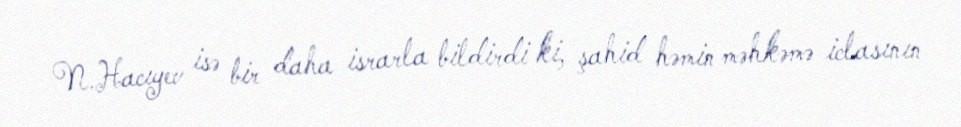
N.Hacıyev isə bir daha israrla bildirdi ki, şahid həmin məhkəmə iclasının